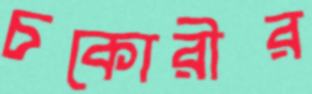
চকোরীর